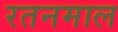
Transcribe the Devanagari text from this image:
रतनमाल